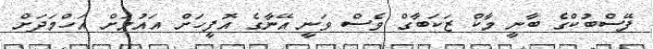
ފޭސްބުކްގެ ބާނީ މާކް ޒަކަބާގް ވެސް ވަނީ އޭނާގެ އޮފީހަށް އައުމަށް އަހްމަދަށް